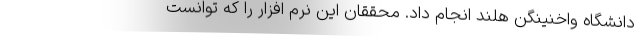
دانشگاه واخنینگن هلند انجام داد. محققان این نرم افزار را که توانست